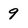
Character: 9